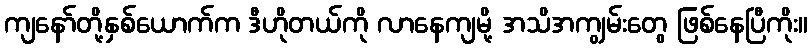
ကျနော်တို့နှစ်ယောက်က ဒီဟိုတယ်ကို လာနေကျမို့ အသိအကျွမ်းတွေ ဖြစ်နေပြီကိုး။